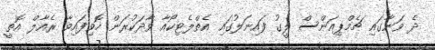
ދެ ވަނާގައި ޗެމްޕިއަންސް ލީގު ފައިނަލުގައި އެތްލެޓިކޯއާ ވާދަކުރަން ހޮވިފައިވާ ރެއާލް އޮތީ